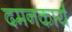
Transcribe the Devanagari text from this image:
दमनकार्य